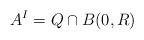
LaTeX: \begin{align*} A^I = Q \cap B(0,R)\end{align*}